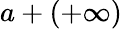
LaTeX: a+(+\infty)